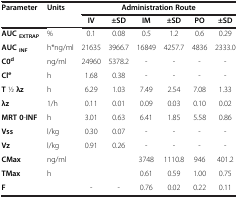
| Parameter | Units | <COLSPAN=6> Administration Route |
 |  |  | IV | ±SD | IM | ±SD | PO | ±SD |
 | --- | --- | --- | --- | --- | --- | --- | --- |
 | AUC EXTRAP | % | 0.1 | 0.08 | 0.5 | 1.2 | 0.6 | 0.29 |
 | AUC INF | h*ng/ml | 21635 | 3966.7 | 16849 | 4257.7 | 4836 | 2333.0 |
 | C0d | ng/ml | 24960 | 5378.2 | - | - | - | - |
 | Cle | h | 1.68 | 0.38 | - | - | - | - |
 | T 1⁄2 λz | h | 6.29 | 1.03 | 7.49 | 2.54 | 7.08 | 1.33 |
 | λz | 1/h | 0.11 | 0.01 | 0.09 | 0.03 | 0.10 | 0.02 |
 | MRT 0-INF | h | 3.01 | 0.63 | 6.41 | 1.85 | 5.58 | 0.86 |
 | Vss | l/kg | 0.30 | 0.07 | - | - | - | - |
 | Vz | l/kg | 0.91 | 0.26 | - | - | - | - |
 | CMax | ng/ml |  |  | 3748 | 1110.8 | 946 | 401.2 |
 | TMax | h |  |  | 0.61 | 0.59 | 1.00 | 0.75 |
 | F |  | - | - | 0.76 | 0.02 | 0.22 | 0.11 |